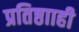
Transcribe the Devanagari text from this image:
प्रतिष्ठााही